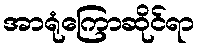
အာရုံကြောဆိုင်ရာ